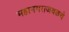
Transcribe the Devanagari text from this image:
महानगराजवळचे